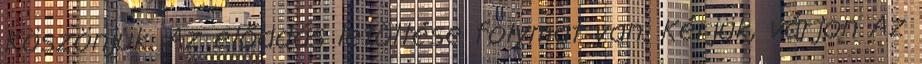
Köszönjük. Az előadás letöltése folymat van. Kérjük, várjon Az